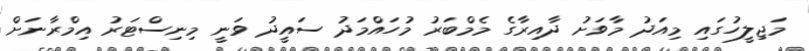
މަޖިލީހުގައި މިއަދު މާވަށު ދާއިރާގެ މެމްބަރު މުހައްމަދު ސައީދު ވަނީ މިނިސްޓަރު އިމްރާނަށް